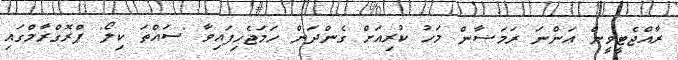
ރާއްޖެޓީވީން އަންނަ ރަމަޟާން މަހު ކުރިއަށް ގެންދަން ހަމަޖެހިފައިވާ 'ސައްތަ ކިލޯ' ޕްރޮގްރާމްގައި